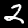
Label: 2